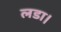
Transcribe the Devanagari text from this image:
लडा।